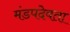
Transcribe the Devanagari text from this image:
मंडपदेवता